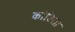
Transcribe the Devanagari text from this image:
कांडिता